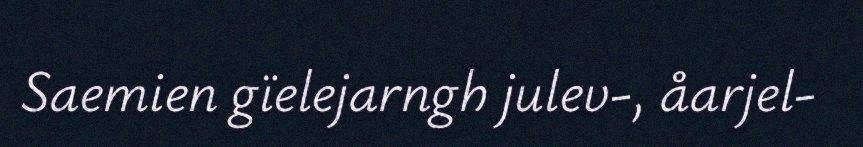
​​​​​​​Saemien gïelejarngh julev-, åarjel-